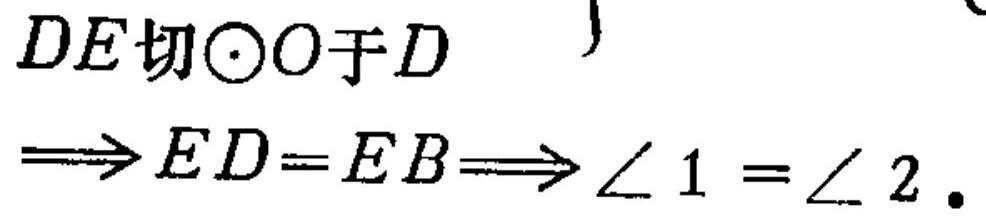
$DE\text{切}\odot O\text{于}D\\
\Longrightarrow ED = EB\Longrightarrow\angle 1=\angle 2.$